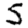
Digit: 5